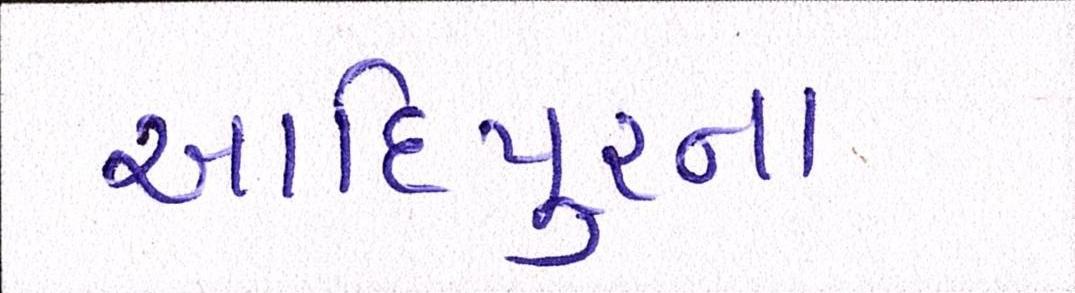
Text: આદિપુરના